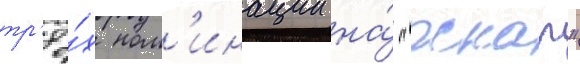
тр'ё́х ном'инации на́ "оскар"